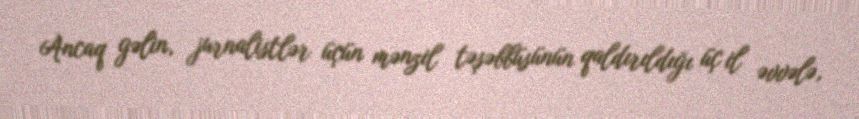
Ancaq gəlin, jurnalistlər üçün mənzil təşəbbüsünün qaldırıldığı üç il əvvələ,